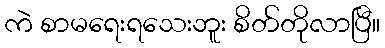
ကဲ စာမရေးရသေးဘူး စိတ်တိုလာပြီ။